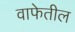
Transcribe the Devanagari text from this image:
वाफेतील